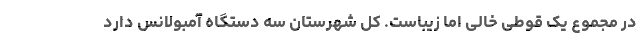
در مجموع یک قوطی خالی اما زیباست. کل شهرستان سه دستگاه آمبولانس دارد